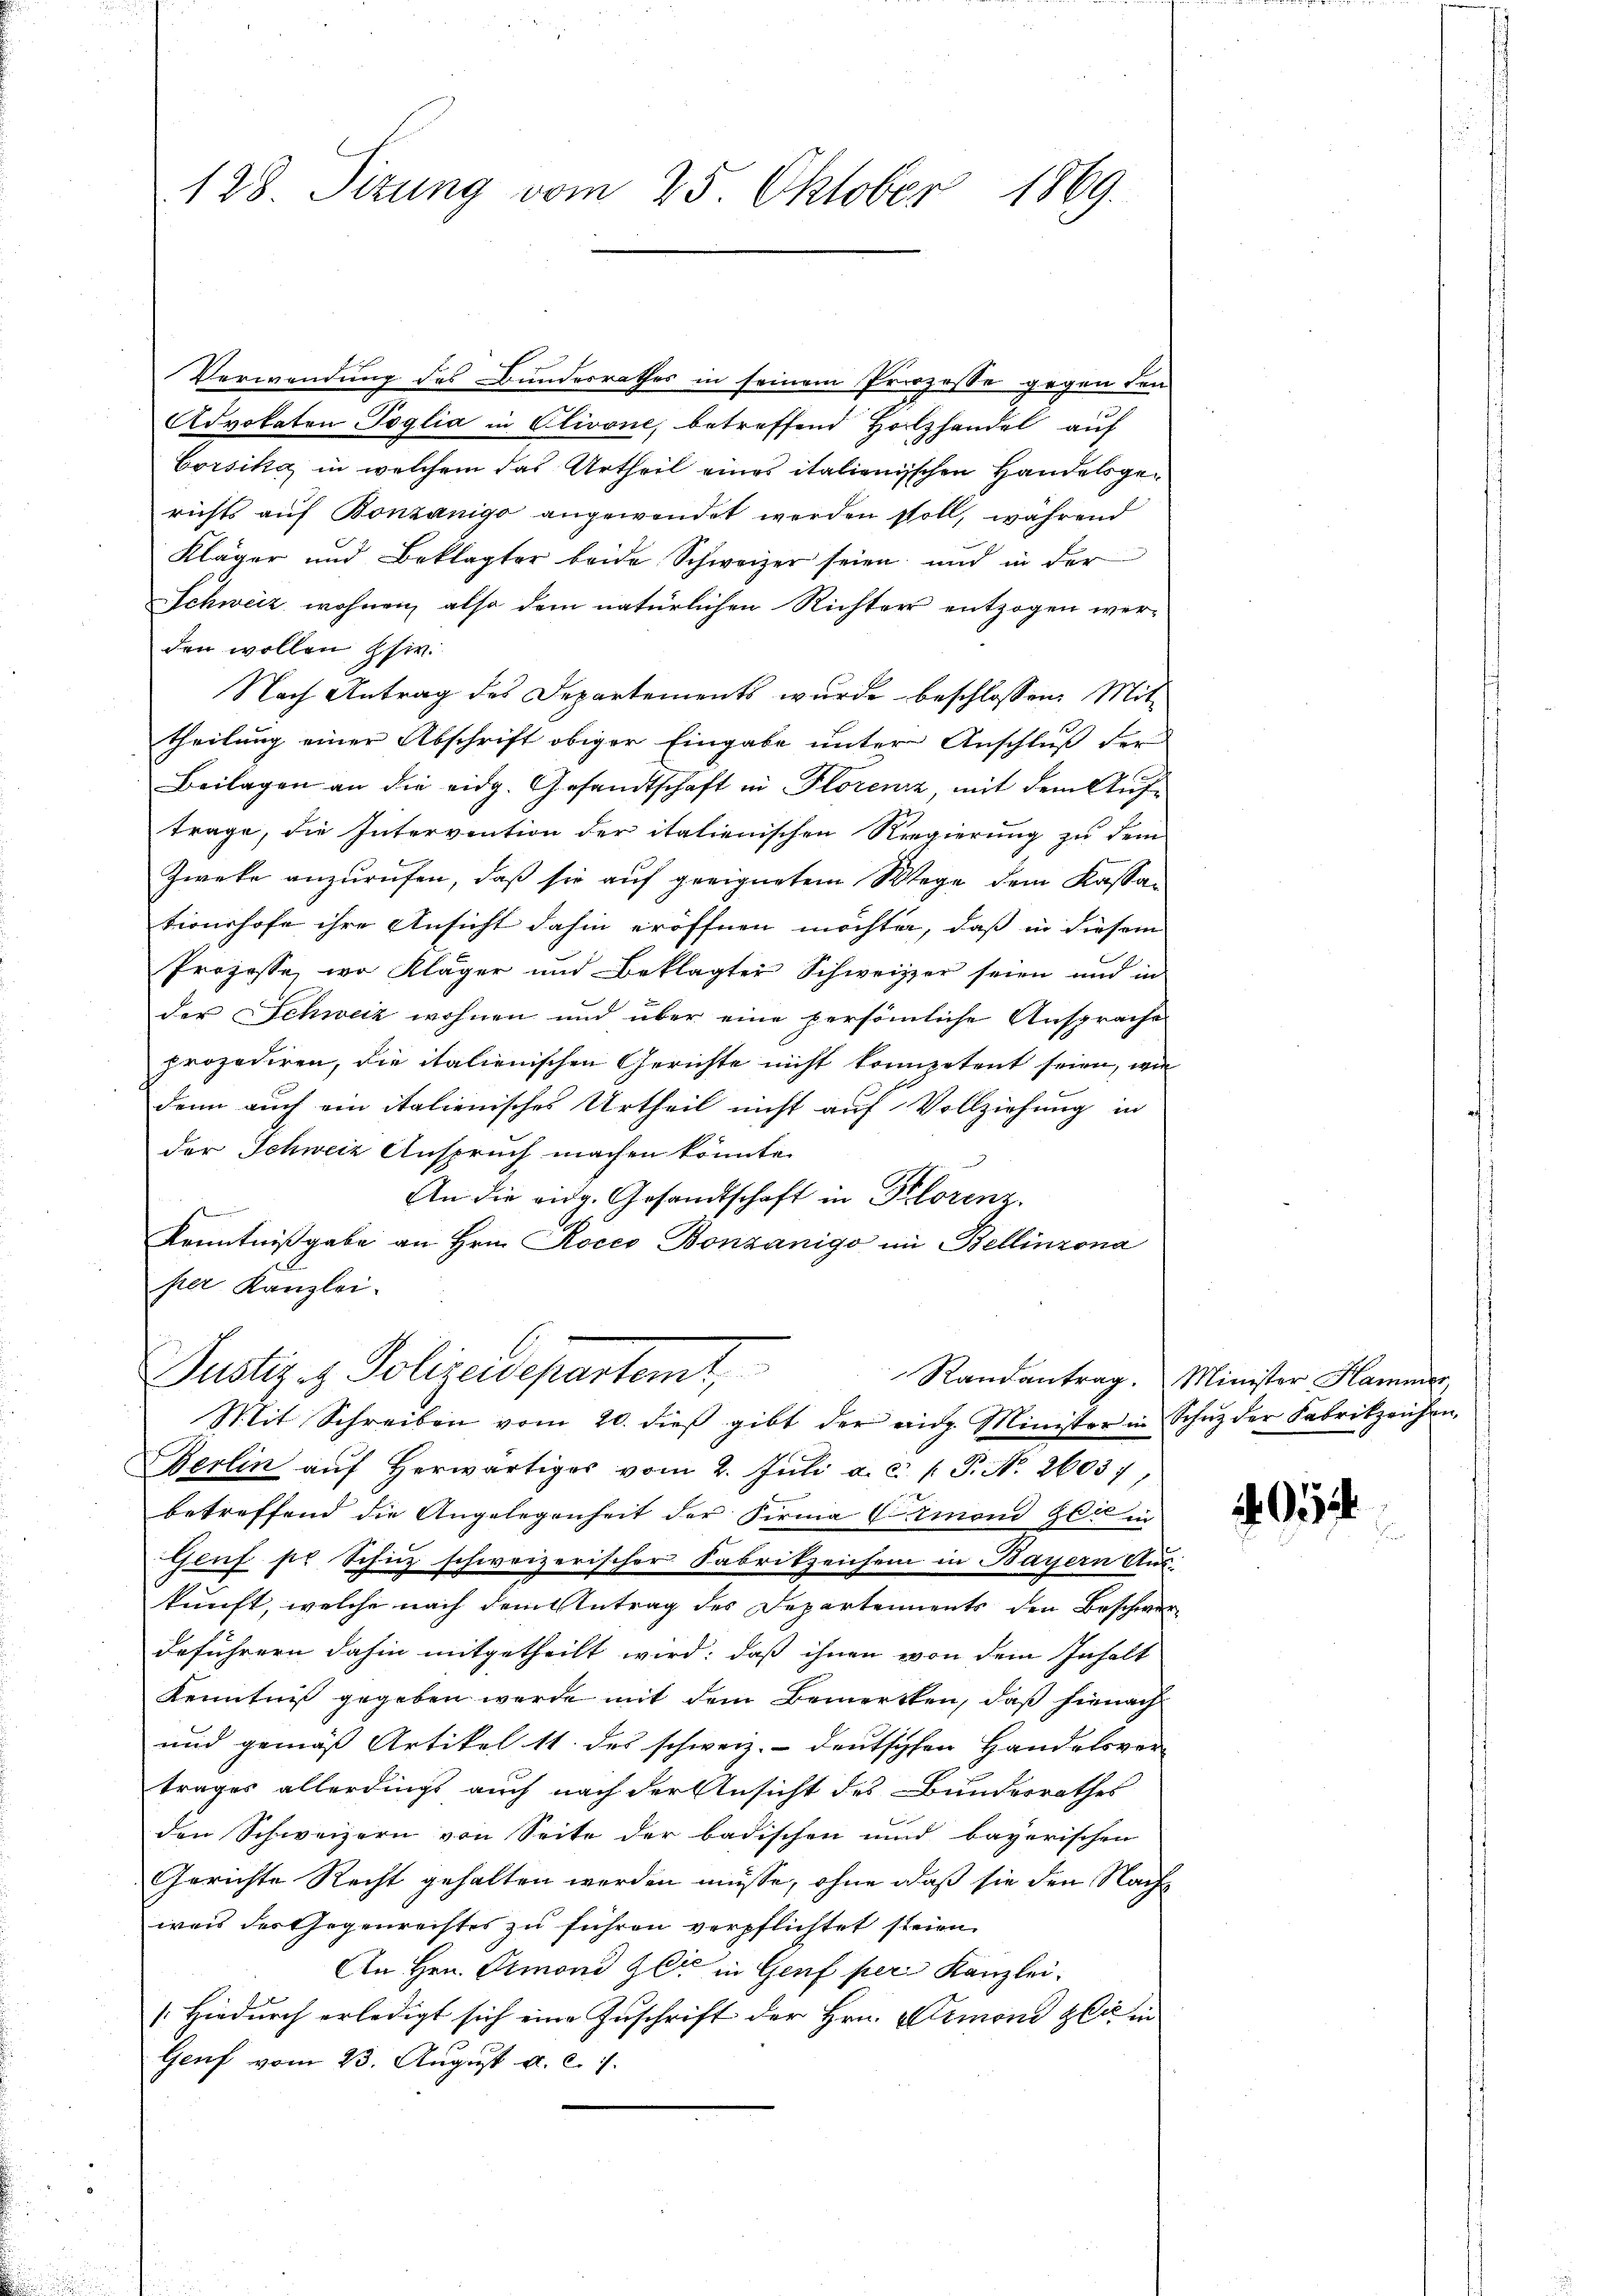
128. Sizung vom 25. Oktober 1869.

Verwendung des Bundesrathes in seinem Prozesse gegen den
Advokaten Toglia in Clivone, betreffend Holzhandel auf
Corsika, in welchem das Urtheil eines italienischen Handelsgerichts auf Bonzanigo angewendet werden soll, während
Kläger und Beklagter beide Schweizer seien und in der
Schweiz wohnen, also dem natürlichen Richter entzogen werden wollen Pfir
Nach Antrag des Departements wurde beschlossen: Mit
theilung einer Abschrift obiger Eingabe unter Anschluß der
Beilagen an die eidg. Gesandtschaft in Florenz, mit dem Auftrage, die Intervention der italienischen Regierung zu dem
Zweke anzurufen, daß sie auf geeignetem Wege dem Kassationshofe ihre Ansicht dahin eröffnen möchten, daß in diesem
Prozesse, wo Kläger und Beklagter Schweizer seien und in
der Schweiz wohnen und über eine persönliche Ansprache
prozediren, die italienischen Gerichte nicht kompetent seien, wie
denn auch ein italienisches Urtheil nicht auf Vollziehung in
der Schweiz Anspruch machen könnte.
An die eidg. Gesandtschaft in Klorenz.
Kenntnißgabe an Hrn. Rocco Bonzanigo im Bellinzona
per Kanzlei.
Justiz & Polizeidepartamt,
Mit Schreiben vom 20. dieβ gibt der eidg. Minister in Schŭz der Fabrikzeichen,
Berlin aŭf herwärtiges vom 2. Jŭli a. c. 1 P. Nr. 26037,
betreffend die Angelegenheit der Firma Crmond zeit in
Geuf per Schinz schweizerischer Fabrikzeichem in Bayern Aus-
kunft, welche nach dem Antrag des Departements den Beschwerdeführern dahin mitgetheilt wird: daß ihnen von dem Inhalt
Kenntniß gegeben werde mit dem Bemerken, daß hienach
und gemäß Artikel 11. des schweiz.- deutschen Handelsver-
trages allerdings auch nach der Ansicht des Bunderrathes
f
den Schweizern von Seite der badischen und bayerischen
Gerichte Recht gehalten werden müsse, ohne daß sie den Nachwais der Gegenrechtes zu führen verpflichtet steien.
An Hrn. Ormond Zeit in Genf per Kanzlei-
/Hiedurch erledigt sich eine Zuschrift der Hrn. Simoni zu in
Genf vom 23. August a. c. 1

Randantrag. Minister Hammer,